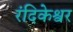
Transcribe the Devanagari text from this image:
रंदिकेश्वर